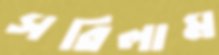
সরিলাম